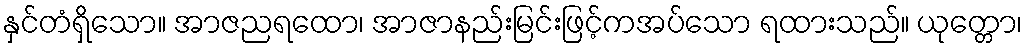
နှင်တံရှိသော။ အာဇညရထော၊ အာဇာနည်းမြင်းဖြင့်ကအပ်သော ရထားသည်။ ယုတ္တော၊